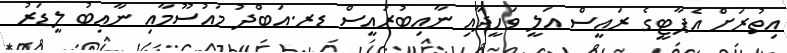
އިތުރަށް އެޕާޓީގެ ރައީސް އަލީ ވަހީދާއި ނާއިބުރައީސް ޑރ.އަބްދު މައުސޫމާއި ނާއިބު ލީޑަރު